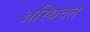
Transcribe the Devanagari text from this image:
अस्थिवत